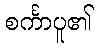
စင်္ကာပူ၏